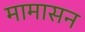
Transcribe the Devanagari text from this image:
मामासन